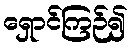
ရှောင်ကြဉ်၍